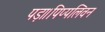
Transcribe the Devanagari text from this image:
पड़ा।पिप्पलिवन